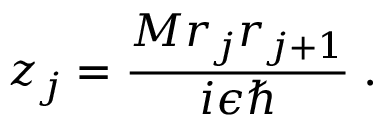
z _ { j } = \frac { M r _ { j } r _ { j + 1 } } { i \epsilon \hbar } \; .